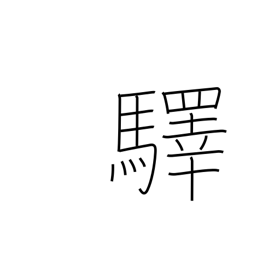
Meaning: station